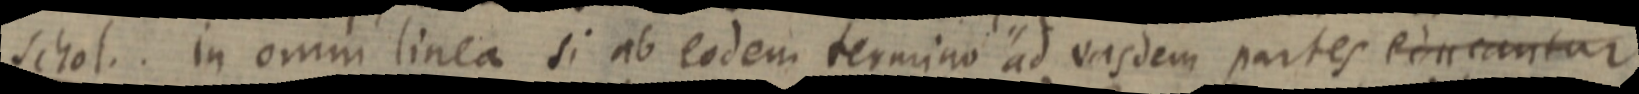
schol. In omni linea si ab eodem termino ad vasdem partes educantar